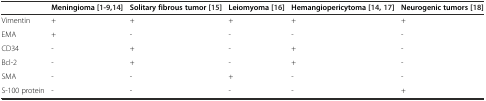
<table><thead><tr><td></td><td><b>Meningioma [1-9,14]</b></td><td><b>Solitary fibrous tumor [15]</b></td><td><b>Leiomyoma [16]</b></td><td><b>Hemangiopericytoma [14,17]</b></td><td><b>Neurogenic tumors [18]</b></td></tr></thead><tbody><tr><td>Vimentin</td><td>+</td><td>+</td><td>+</td><td>+</td><td>+</td></tr><tr><td>EMA</td><td>+</td><td>-</td><td>-</td><td>-</td><td>-</td></tr><tr><td>CD34</td><td>-</td><td>+</td><td>-</td><td>+</td><td>-</td></tr><tr><td>Bcl-2</td><td>-</td><td>+</td><td>-</td><td>+</td><td>-</td></tr><tr><td>SMA</td><td>-</td><td>-</td><td>+</td><td>-</td><td>-</td></tr><tr><td>S-100 protein</td><td>-</td><td>-</td><td>-</td><td>-</td><td>+</td></tr></tbody></table>